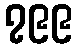
၇၉၉